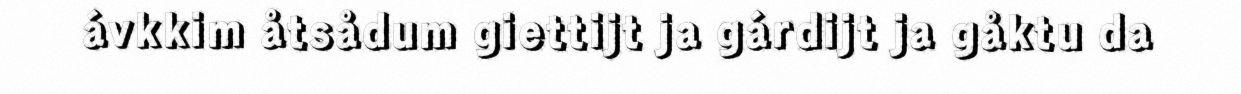
ávkkim åtsådum giettijt ja gárdijt ja gåktu da